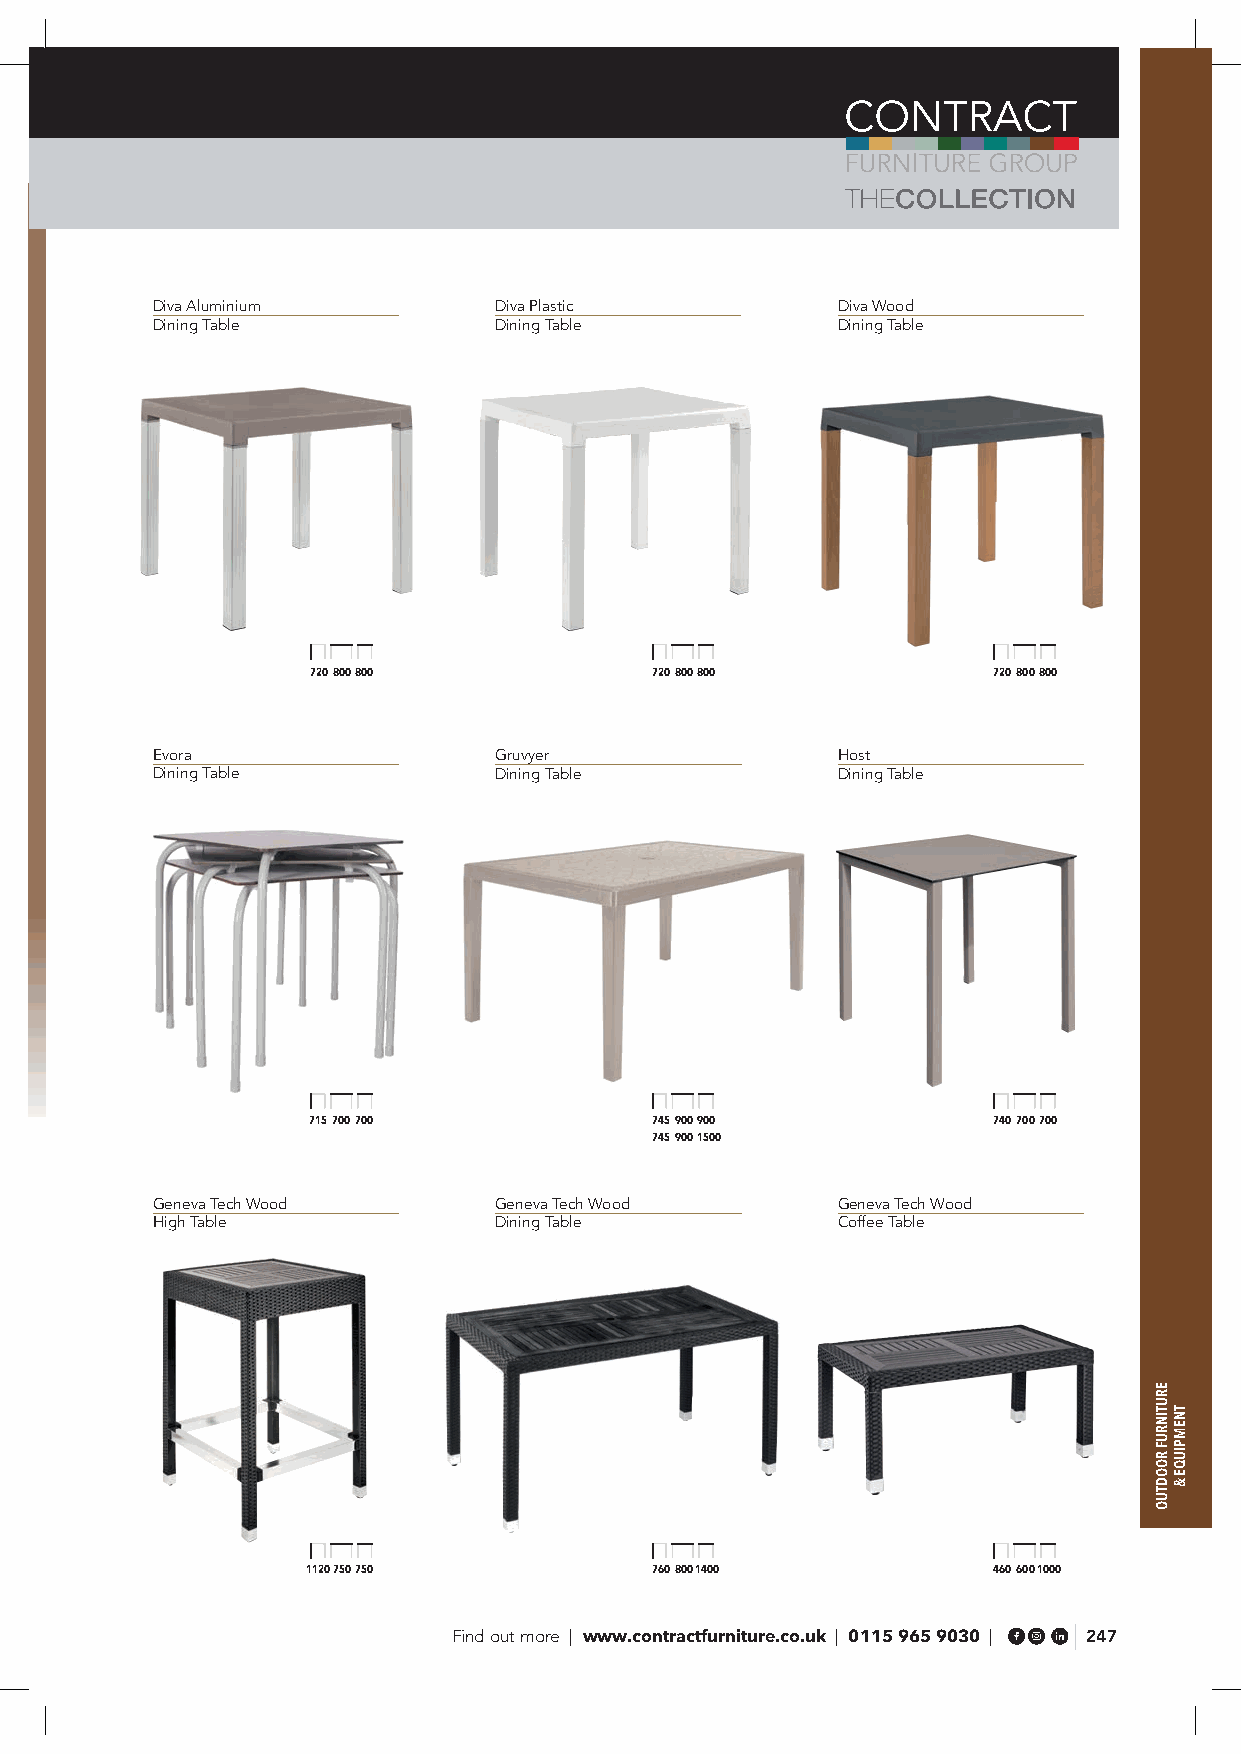
Diva Aluminium         Diva Plastic          Diva Wood
 Dining Table           Dining Table          Dining Table
 720 800 800            720 800 800            720 800 800
 Evora                  Gruvyer               Host
 Dining Table           Dining Table          Dining Table
 715 700 700            745 900 900            740 700 700
 745 900 1500
 Geneva Tech Wood       Geneva Tech Wood      Geneva Tech Wood
 High Table             Dining Table          Coffee Table
 1120 750 750           760 800 1400           460 600 1000
 Find out more | www.contractfurniture.co.uk | 0115 965 9030 | 247
 ERUTINRUF
 ROODTUO
 TNEMPIUQE
 &